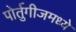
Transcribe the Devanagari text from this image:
पोर्तुगीजमध्ये